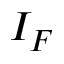
I _ { F }